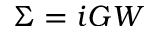
\Sigma = i G W